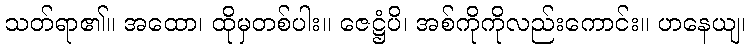
သတ်ရာ၏။ အထော၊ ထိုမှတစ်ပါး။ ဇေဋ္ဌံပိ၊ အစ်ကိုကိုလည်းကောင်း။ ဟနေယျ၊